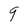
Character: g